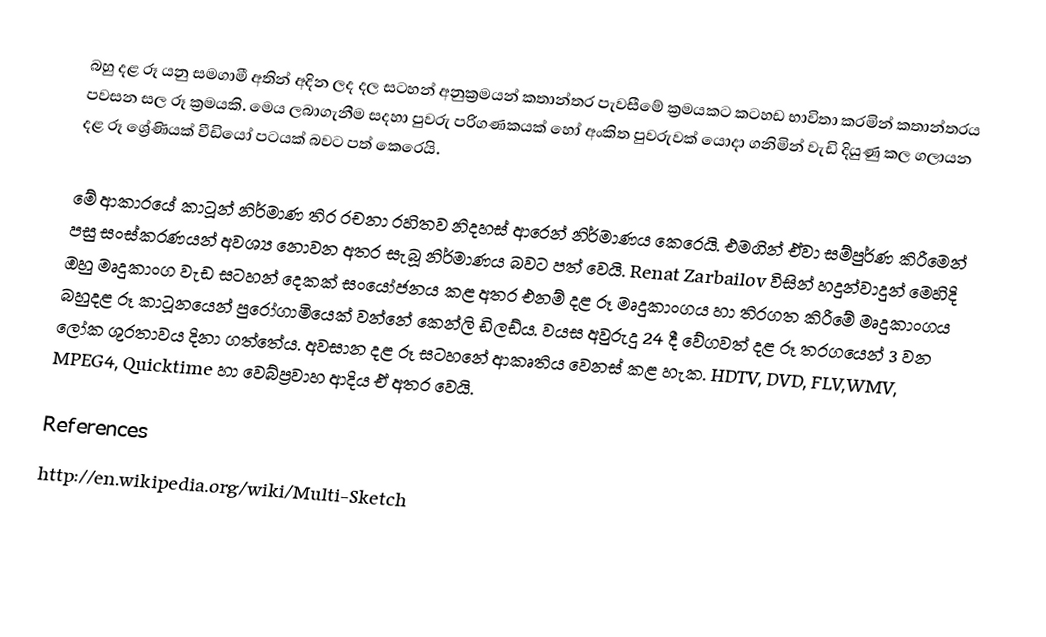
බහු දළ රූ යනු සමගාමී අතින් අදින ලද දල සටහන් අනුක්‍රමයන් කතාන්තර පැවසීමේ ක්‍රමයකට කටහඩ භාවිතා කරමින් කතාන්තරය පවසන සල රූ ක්‍රමයකි. මෙය ලබාගැනීම සදහා පුවරු පරිගණකයක් හෝ අංකිත පුවරුවක් යොදා ගනිමින් වැඩි දියුණු කල ගලායන දළ රූ ශ්‍රේණියක් වීඩියෝ පටයක් බවට පත් කෙරෙයි.

මේ ආකාරයේ කාටූන් නිර්මාණ තිර රචනා රහිතව නිදහස් ආරෙන් නිර්මාණය කෙරෙයි. එමගින් ඒවා සම්පුර්ණ කිරීමෙන් පසු සංස්කරණයන් අවශ්‍ය නොවන අතර සැබූ නිර්මාණය බවට පත් වෙයි. Renat Zarbailov විසින් හදුන්වාදුන් මෙහිදි ඔහු මෘදුකාංග වැඩ සටහන් දෙකක් සංයෝජනය කළ අතර එනම් දළ රූ මෘදුකාංගය හා තිරගත කිරීමේ මෘදුකාංගය බහුදළ රූ කාටූනයෙන් පුරෝගාමියෙක් වන්නේ කෙන්ලි ඩිලඩ්ය. වයස අවුරුදු 24 දී වේගවත් දළ රූ තරගයෙන් 3 වන ‍ලෝක ශුරතාවය දිනා ගත්තේය. අවසාන දළ රූ සටහනේ ආකෘතිය වෙනස් කළ හැක. HDTV, DVD, FLV,WMV, MPEG4, Quicktime හා වෙබ්ප්‍රවාහ ආදිය ඒ අතර වෙයි.

References
http://en.wikipedia.org/wiki/Multi-Sketch